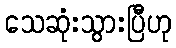
သေဆုံးသွားပြီဟု